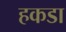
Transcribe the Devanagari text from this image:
हकडा